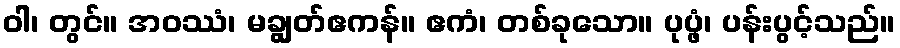
ဝါ၊ တွင်။ အဝဿံ၊ မချွတ်ဧကန်။ ဧကံ၊ တစ်ခုသော။ ပုပ္ဖံ၊ ပန်းပွင့်သည်။